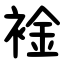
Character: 䘳